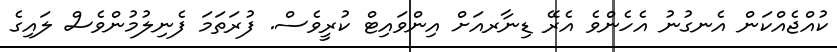
ކުއްޖެއްކަން އެނގުނު އެހެންވެ އެރޭ ޑިނާރއަށް އިންވައިޓް ކުރީވެސް. ފުރަތަމަ ފެނިލުމުންވެސް ލައިގެ